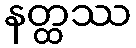
နတ္ထဿ